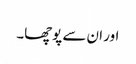
اور ان سے پوچھا۔